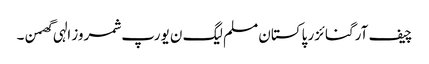
چیف آرگنائزر پاکستان مسلم لیگ ن یورپ شمروز الہی گھمن ۔